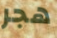
هجر